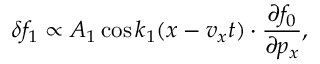
\delta f _ { 1 } \propto A _ { 1 } \cos k _ { 1 } ( x - v _ { x } t ) \cdot \frac { \partial f _ { 0 } } { \partial p _ { x } } ,